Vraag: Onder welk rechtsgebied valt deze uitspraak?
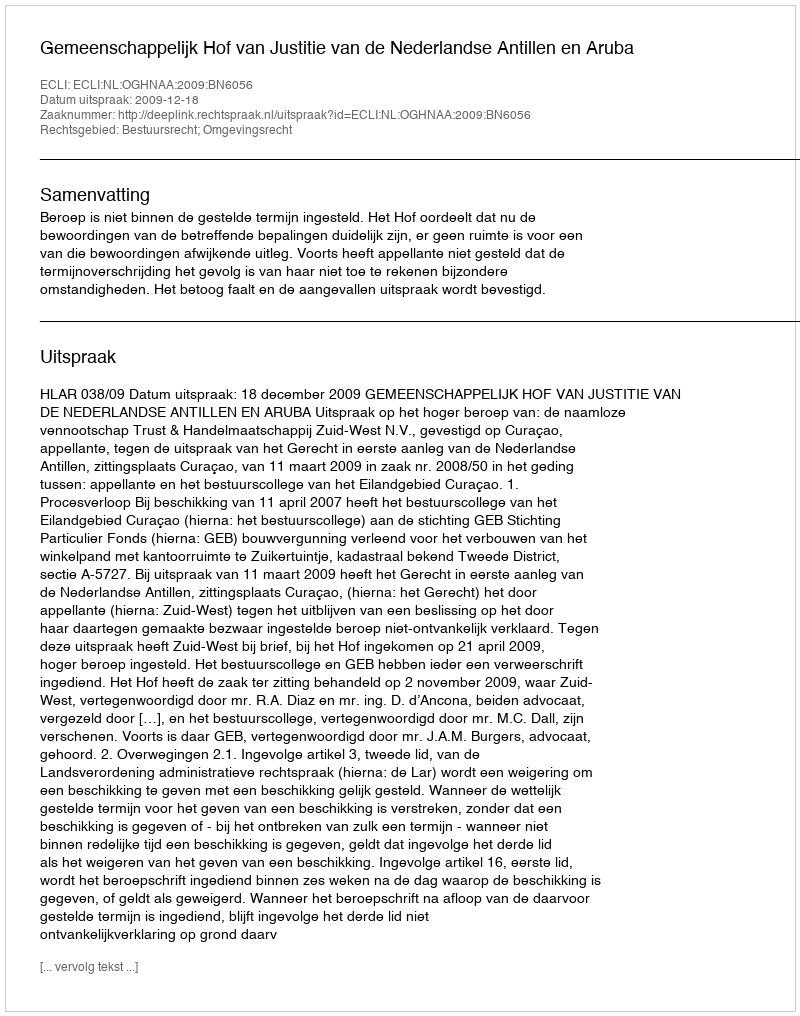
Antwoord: Bestuursrecht; Omgevingsrecht